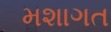
મશાગત